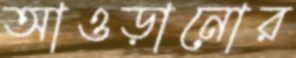
আওড়ানোর